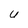
Character: U